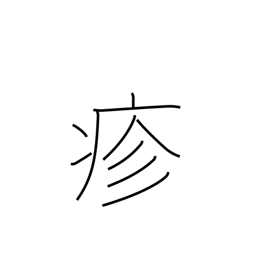
Meaning: sickness